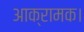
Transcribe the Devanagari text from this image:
आक्रामक।